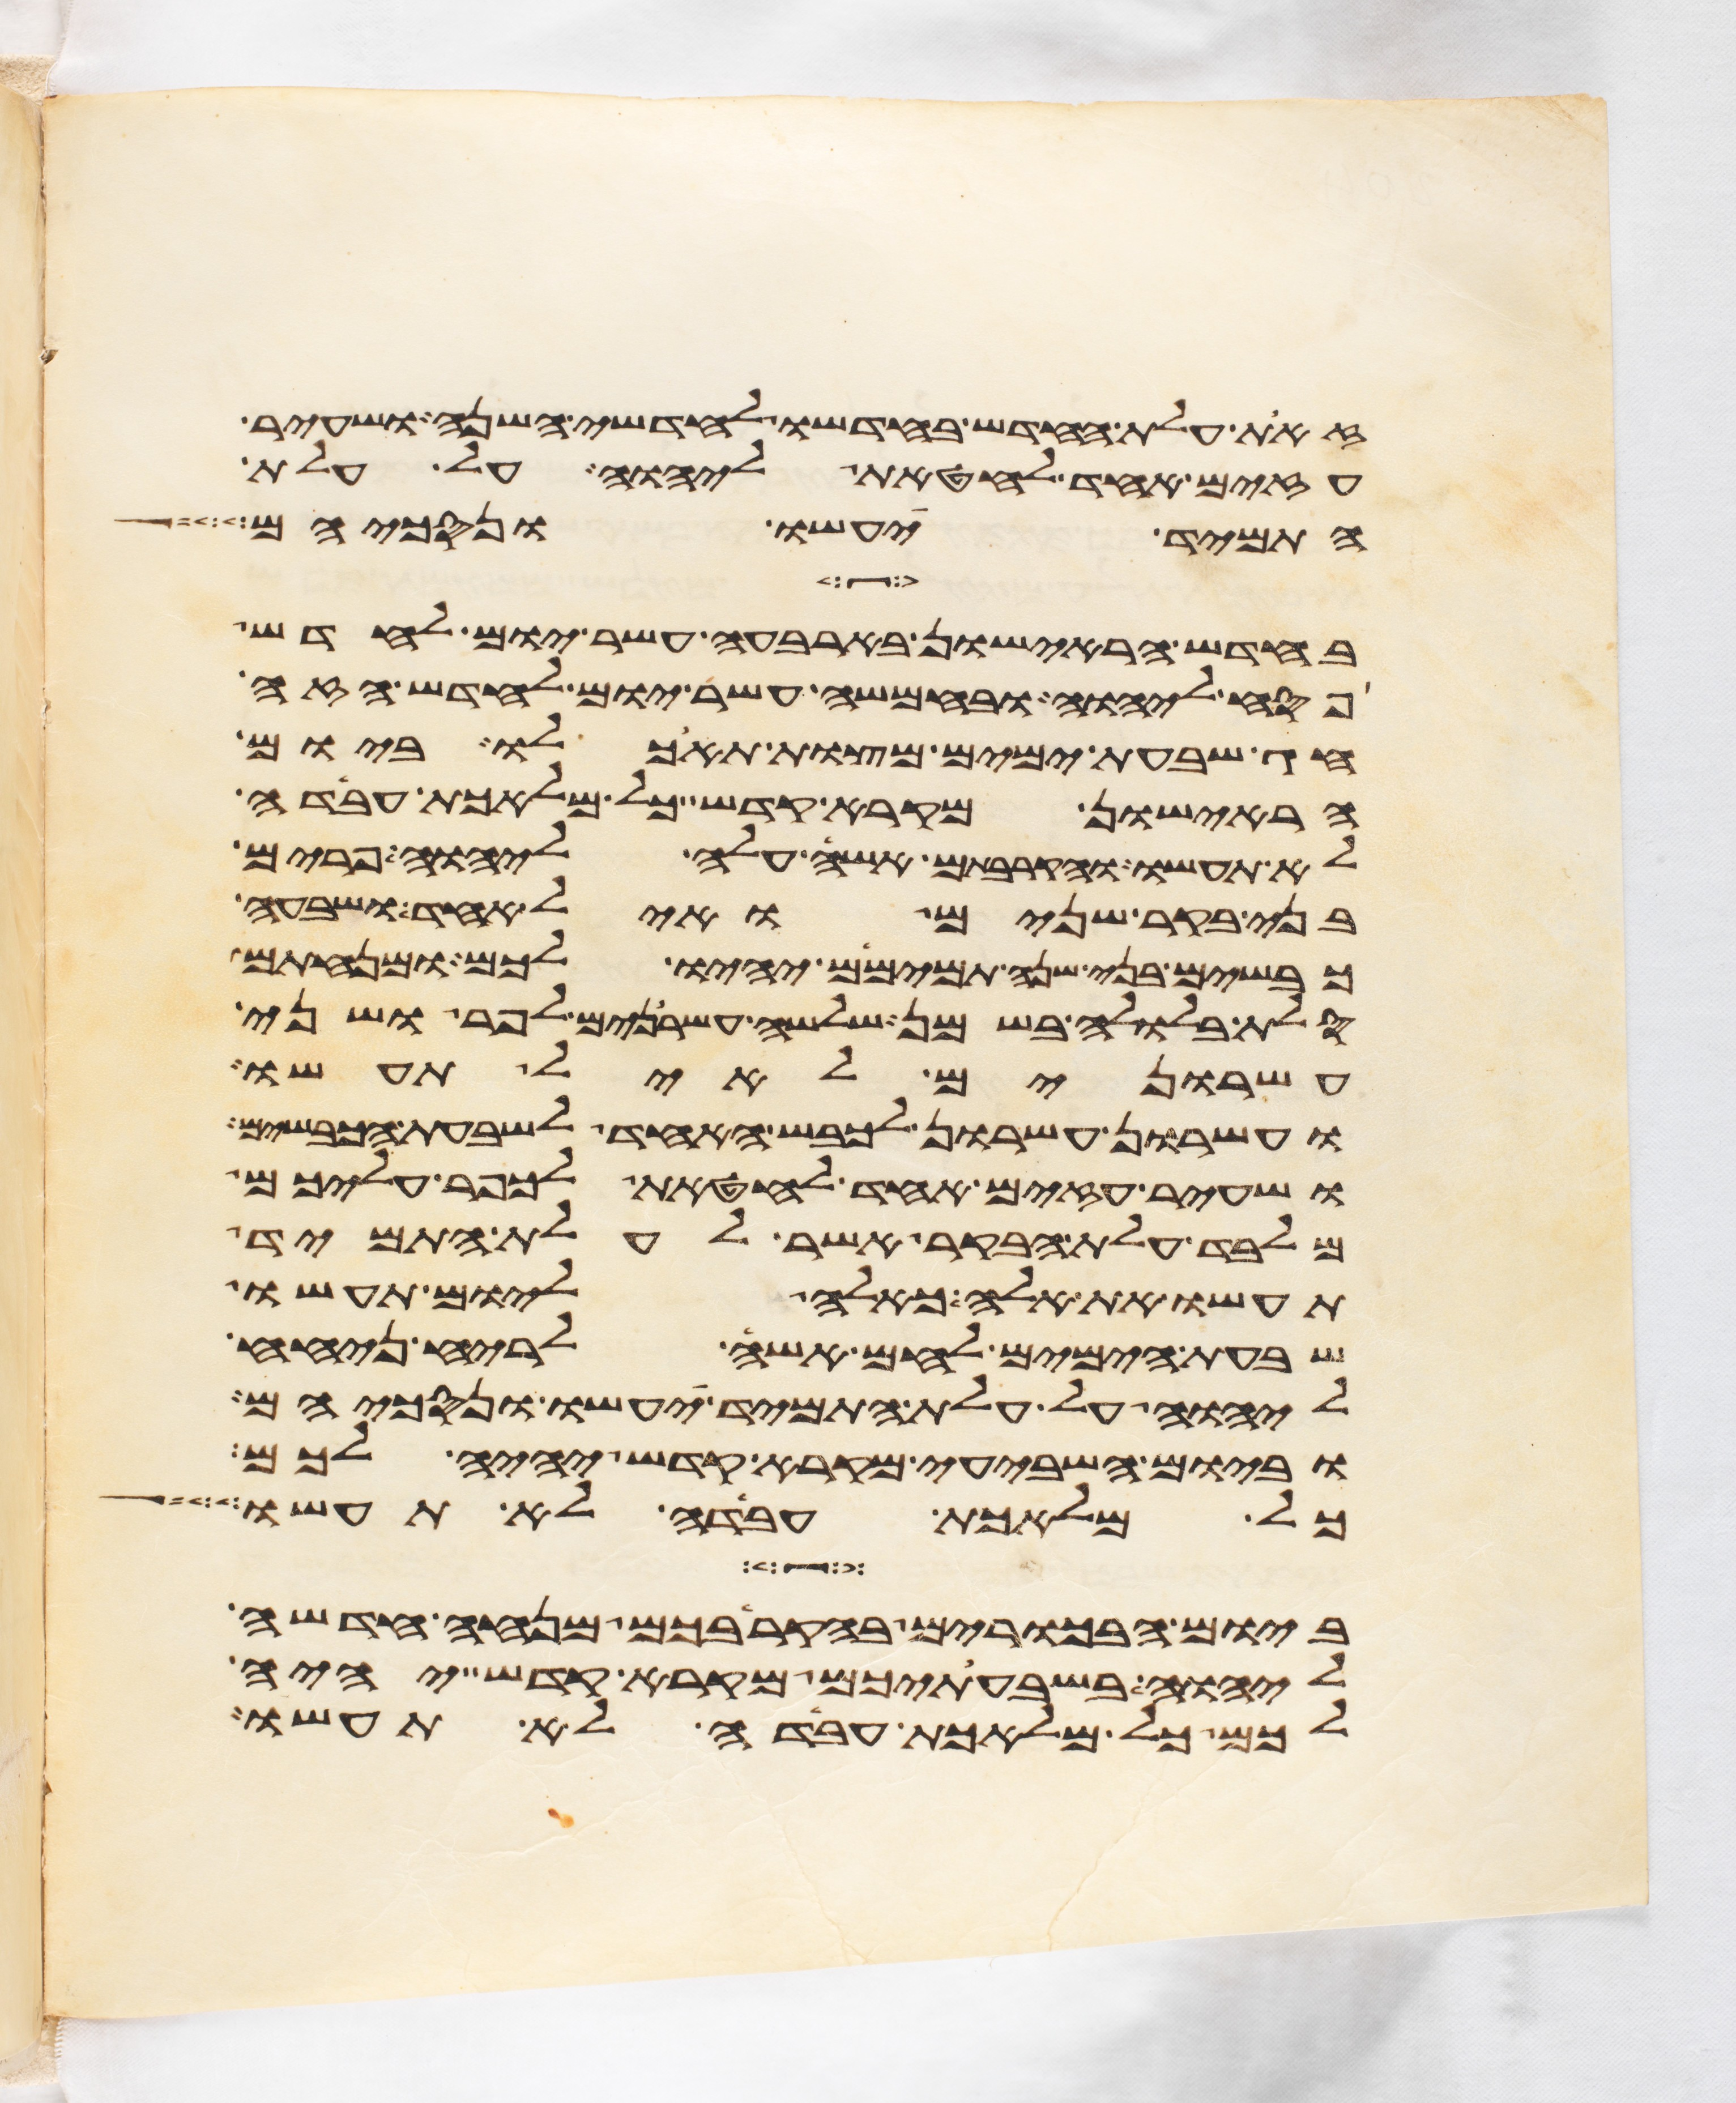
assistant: זאת עלת החדש בחדשו לחדשי השנה ושעיר
עזים אחד לחטאת ליהוה על עלת
התמיד יעשו ונסכיהם
בחדש הראישון בארבעה עשר יום לחדש
פסח ליהוה ובחמשה עשר יום לחדש הזה
חג שבעת ימים מצות תאכלו ביום
הראישון מקרא קדש כל מלאכת עבדה
לא תעשו והקרבתם אשה עלה ליהוה פרים
בני בקר שנים ואיל אחד ושבעה
כבשים בני שנה תמימם יהיו לכם ומנחתם
סלת בלולה בשמן שלשה עשרנים לפר ושני
עשרנים לאיל תעשו
ועשרון עשרון לכבש האחד לשבעת הכבשים
ושעיר עזים אחד לחטאת לכפר עליכם
מלבד עלת הבקר אשר לעלת התמיד
תעשו את אלה כאלה ליום תעשו
שבעת הימים לחם אשה לריח ניחח
ליהוה על עלת התמיד יעשו ונסכיהם
וביום השביעי מקרא קדש יהיה לכם
כל מלאכת עבדה לא תעשו
ביום הבכרים בהקריבכם מנחה חדשה
ליהוה בשבעתיכם מקרא קדש יהיה
לכם כל מלאכת עבדה לא תעשו